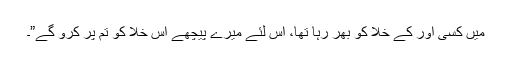
میں کسی اور کے خلا کو بھر رہا تھا، اس لئے میرے پیچھے اس خلا کو تم پر کرو گے”۔